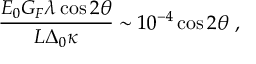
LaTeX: \delta V _ { b } ^ { Z } = - \delta A _ { b } ^ { Z } = \frac { A _ { F B } ^ { e x p } - A _ { F B } ^ { S M } } { A _ { F B } ^ { S M } } \frac { v _ { b } a _ { b } } { a _ { b } - v _ { b } } \frac { v _ { b } ^ { 2 } + a _ { b } ^ { 2 } } { ( v _ { b } + a _ { b } ) ^ { 2 } } ,